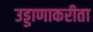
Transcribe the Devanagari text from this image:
उड्डाणाकरीता